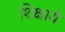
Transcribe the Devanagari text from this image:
शिक्षाये